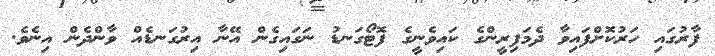
ފާރުގައި ހަރުކޮށްފައިވާ ދެމަފިރީންގެ ކައިވެނީގެ ފޮޓޯގަނޑު ނަގައިގެން އޭނާ އިރުގަނޑެއް ވާންދެން އިނެވެ.